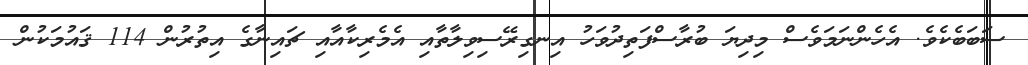
ސަބަބެކެވެ. އެހެންނަމަވެސް މިދިޔަ ބުރާސްފަތިދުވަހު އިނގިރޭސިވިލާތާއި އެމެރިކާއާއި ޗައިނާގެ އިތުރުން 114 ޤައުމަކުން